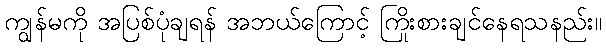
ကျွန်မကို အပြစ်ပုံချရန် အဘယ်ကြောင့် ကြိုးစားချင်နေရသနည်း။